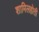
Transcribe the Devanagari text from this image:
शामिलहोती